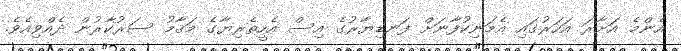
އެންމެ އަށާރަ އަހަރުގައި އެމަނިކުފާނަށް ފަނޑިޔާރުގެ އިސް އެހީތެރިޔާގެ މަޤާމު ސަރުކާރުން ދެއްވިއެވެ.